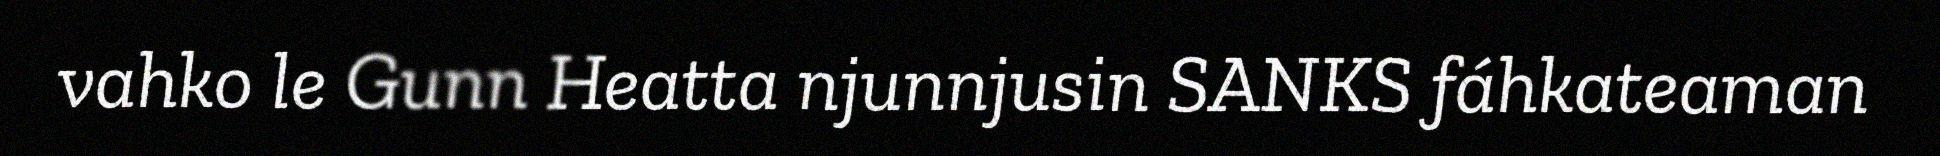
vahko le Gunn Heatta njunnjusin SANKS fáhkateaman